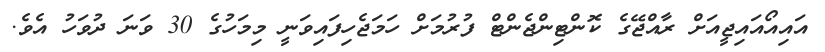
އައިއޯއައިޖީއަށް ރާއްޖޭގެ ކޮންޓިންޖެންޓް ފުރުމަށް ހަމަޖެހިފައިވަނީ މިމަހުގެ 30 ވަނަ ދުވަހު އެވެ.